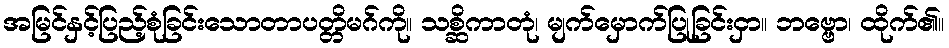
အမြင်နှင့်ပြည့်စုံခြင်းသောတာပတ္တိမဂ်ကို။ သစ္ဆိကာတုံ၊ မျက်မှောက်ပြုခြင်းငှာ။ ဘဗ္ဗော၊ ထိုက်၏။